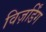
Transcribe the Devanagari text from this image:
विज़र्डिंग